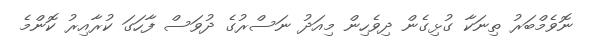
ނޮވެމްބަރު ތިނަކާ ގުޅިގެން ދިވެހިން މިއަދު ނަސްރުގެ ދުވަސް ފާހަގަ ކުރާއިރު ކޮންމެ